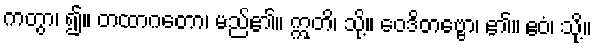
ကတွာ၊ ၍။ တထာဂတော၊ မည်၏။ ဣတိ၊ သို့။ ဝေဒိတဗ္ဗော၊ ၏။ ဧဝံ၊ သို့။